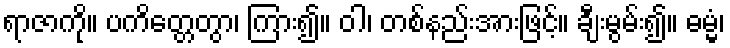
ရာဇာကို။ ပကိတ္တေတွာ၊ ကြား၍။ ဝါ၊ တစ်နည်းအားဖြင့်။ ချီးမွမ်း၍။ ဓမ္မံ၊